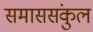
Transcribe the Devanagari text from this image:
समाससंकुल